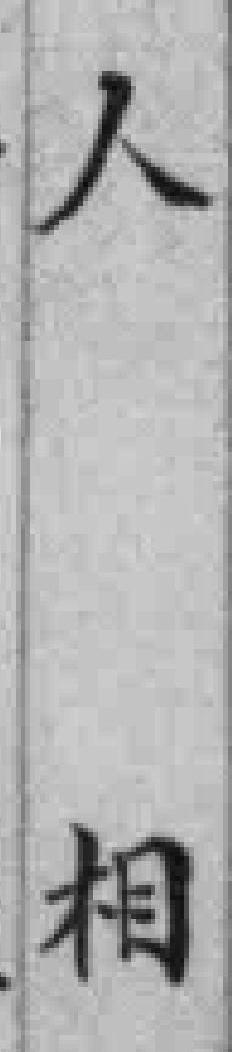
人相